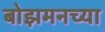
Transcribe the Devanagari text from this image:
बोझमनच्या